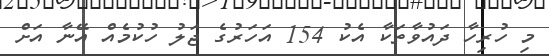
މި ހުރިހާ ދައުވާތަކާ އެކު 154 އަހަރުގެ ޖަލު ހުކުމެއް އޭނާ އަށް